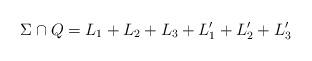
LaTeX: \begin{align*}\Sigma \cap Q = L_1 + L_2 + L_3 + L_1^\prime + L_2^\prime + L_3^\prime \end{align*}